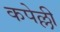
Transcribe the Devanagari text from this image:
कपेल्ली